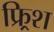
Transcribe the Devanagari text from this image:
फ्र्रिश